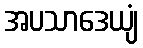
အပသာဒေယျံ